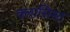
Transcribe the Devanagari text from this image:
क्लासिस्ट